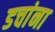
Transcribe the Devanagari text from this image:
डचांना